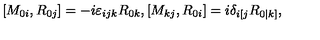
[ M _ { 0 i } , R _ { 0 j } ] = - i \varepsilon _ { i j k } R _ { 0 k } , [ M _ { k j } , R _ { 0 i } ] = i \delta _ { i [ j } R _ { 0 | k ] } ,